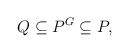
LaTeX: \begin{align*}Q\subseteq P^G\subseteq P,\end{align*}